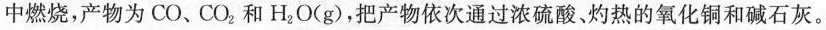
中燃烧，产物为CO、CO，和H2O(g)，把产物依次通过浓硫酸、灼热的氧化铜和碱石灰。